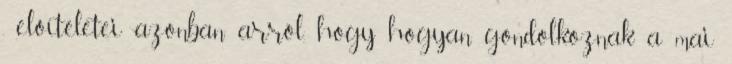
, előítéletei azonban arról, hogy hogyan gondolkoznak a mai